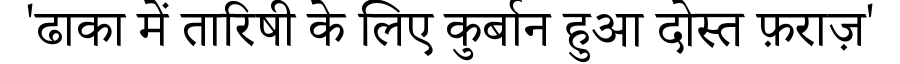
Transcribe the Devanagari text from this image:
'ढाका में तारिषी के लिए कुर्बान हुआ दोस्त फ़राज़'